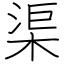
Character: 渠